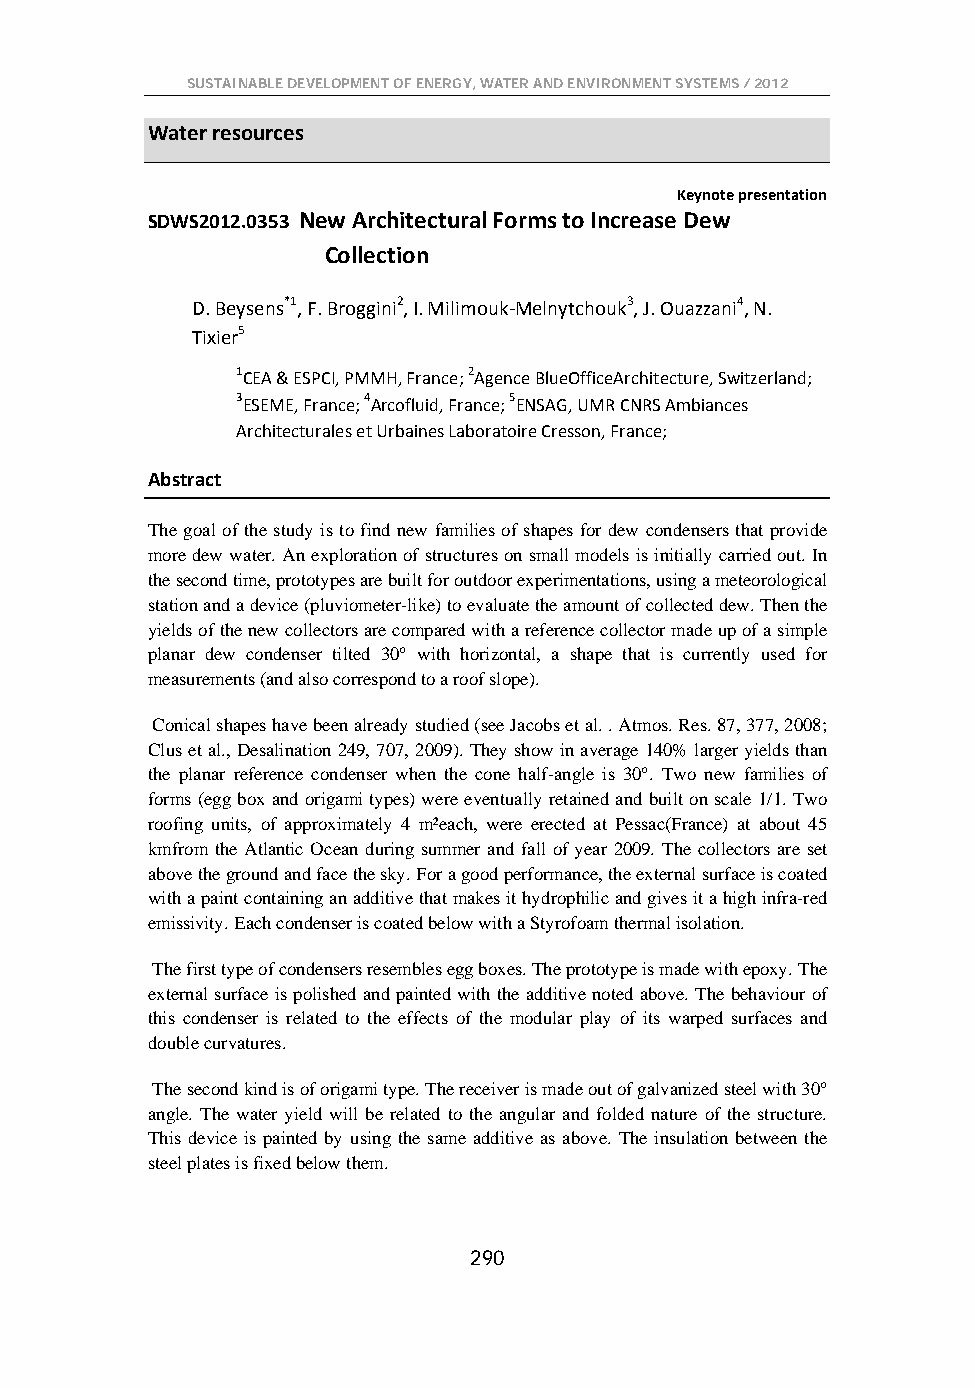
SUSTAINABLE DEVELOPMENT OF ENERGY, WATER AND ENVIRONMENT SYSTEMS / 2012
 Water resources
 Keynote presentation
 SDWS2012.0353 New Architectural Forms to Increase Dew
 Collection
 D. Beysens*1, F. Broggini2, I. Milimouk-Melnytchouk3, J. Ouazzani4, N.
 Tixier5
 1CEA & ESPCI, PMMH, France; 2Agence BlueOfficeArchitecture, Switzerland;
 3ESEME, France; 4Arcofluid, France; 5ENSAG, UMR CNRS Ambiances
 Architecturales et Urbaines Laboratoire Cresson, France;
 Abstract
 The goal of the study is to find new families of shapes for dew condensers that provide
 more dew water. An exploration of structures on small models is initially carried out. In
 the second time, prototypes are built for outdoor experimentations, using a meteorological
 station and a device (pluviometer-like) to evaluate the amount of collected dew. Then the
 yields of the new collectors are compared with a reference collector made up of a simple
 planar dew condenser tilted 30° with horizontal, a shape that is currently used for
 measurements (and also correspond to a roof slope).
 Conical shapes have been already studied (see Jacobs et al. . Atmos. Res. 87, 377, 2008;
 Clus et al., Desalination 249, 707, 2009). They show in average 140% larger yields than
 the planar reference condenser when the cone half-angle is 30°. Two new families of
 forms (egg box and origami types) were eventually retained and built on scale 1/1. Two
 roofing units, of approximately 4 m²each, were erected at Pessac(France) at about 45
 kmfrom the Atlantic Ocean during summer and fall of year 2009. The collectors are set
 above the ground and face the sky. For a good performance, the external surface is coated
 with a paint containing an additive that makes it hydrophilic and gives it a high infra-red
 emissivity. Each condenser is coated below with a Styrofoam thermal isolation.
 The first type of condensers resembles egg boxes. The prototype is made with epoxy. The
 external surface is polished and painted with the additive noted above. The behaviour of
 this condenser is related to the effects of the modular play of its warped surfaces and
 double curvatures.
 The second kind is of origami type. The receiver is made out of galvanized steel with 30°
 angle. The water yield will be related to the angular and folded nature of the structure.
 This device is painted by using the same additive as above. The insulation between the
 steel plates is fixed below them.
 290